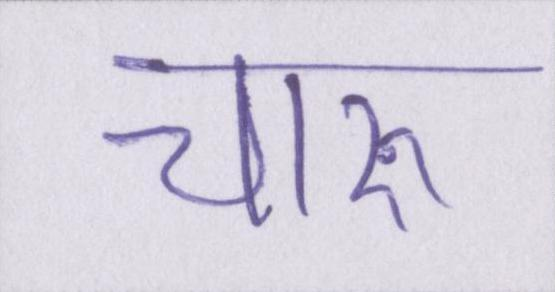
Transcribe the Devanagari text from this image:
चारु